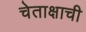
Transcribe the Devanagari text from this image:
चेताक्षाची